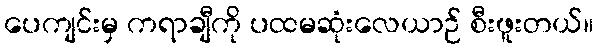
ပေကျင်းမှ ကရာချီကို ပထမဆုံးလေယာဉ် စီးဖူးတယ်။